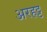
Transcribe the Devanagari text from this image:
अरहट्ट